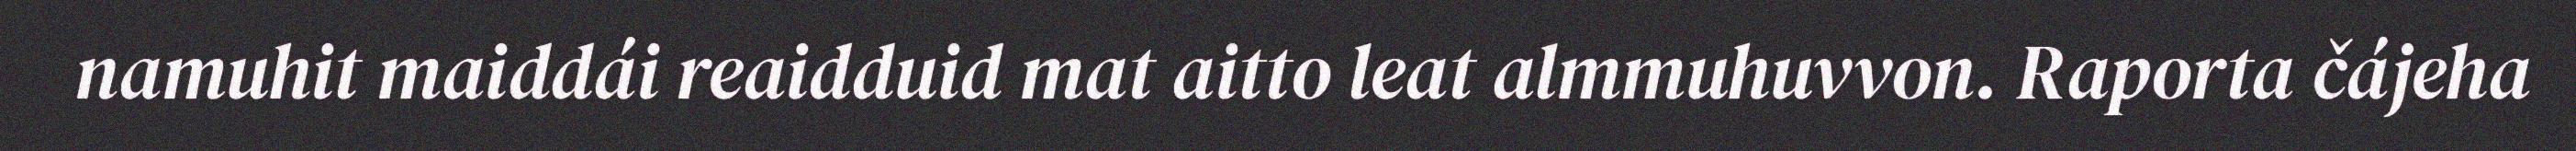
namuhit maiddái reaidduid mat aitto leat almmuhuvvon. Raporta čájeha